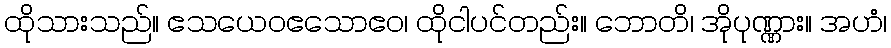
ထိုသားသည်။ ဧသယေဝဧသောဧဝ၊ ထိုငါပင်တည်း။ ဘောတိ၊ အိုပုဏ္ဏား။ အဟံ၊